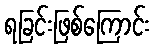
ရခြင်းဖြစ်ကြောင်း